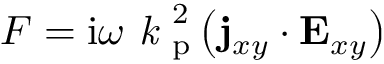
F = \mathrm { i } \omega \textit { k } _ { \mathrm { p } } ^ { 2 } \left( \mathbf { j } _ { x y } \cdot \mathbf { E } _ { x y } \right)